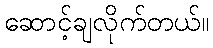
ဆောင့်ချလိုက်တယ်။